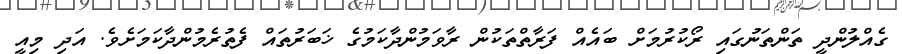
ގެއްލުންދީ ތަންތަނުގައި ރޯކުރުމަށް ބައެއް ފަރާތްތަކުން ރާވަމުންދާކަމުގެ ޚަބަރުތައް ފެތުރެމުންދާކަމަށެވެ. އަދި މިއީ